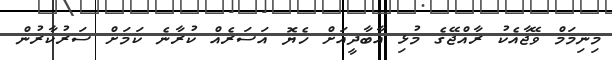
މިނިމަމް ވޭޖާއެކު ރާއްޖޭގެ މުޅި އާބާދީއަށް ހެޔޮ އަސަރެއް ކުރާނެ ކަމަށް ސަރުކާރުން